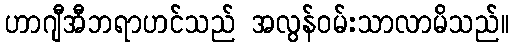
ဟာဂျီအီဘရာဟင်သည် အလွန်ဝမ်းသာလာမိသည်။